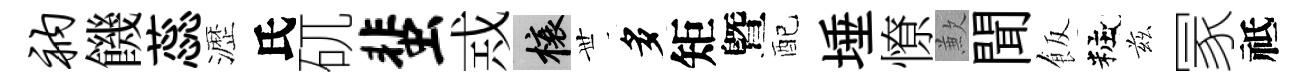
衲饑蕊瀝氏矹蜚𢦶榱𠀍多矩曁配埵憭歉聞飯粧兹冡祗